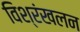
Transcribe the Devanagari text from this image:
विश्रंखलन